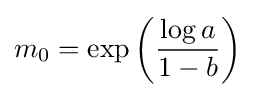
m_{0}=\exp \left({\frac {\log a}{1-b}}\right)